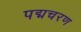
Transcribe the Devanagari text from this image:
पद्मचरण